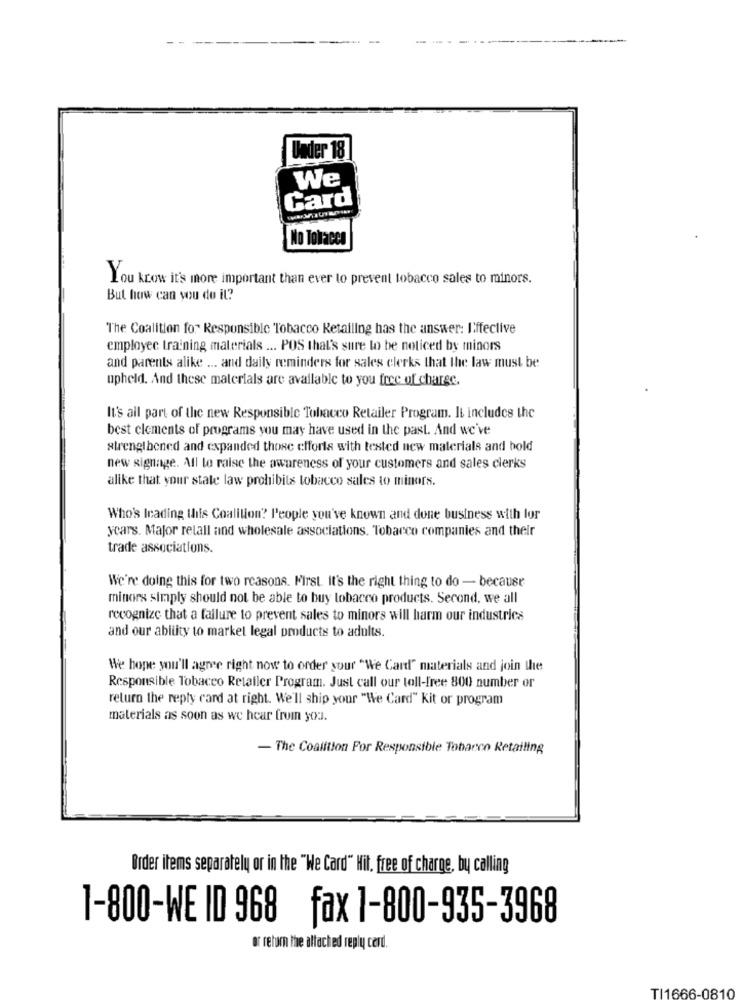
---
Under 18
We
Card
No Tokaccs
You know it's more important than ever to prevent tobacco sales to minors.
But how can you do il?
The Coalition for Responsible Tobacco Retailing has the answer: Effective
employee training materials ... POS that's sure to be noticed by minors
and parents alike ... and daily reminders for sales clerks that the law must be
upheld. And these materials are available to you free of charge.
It's all part of the new Responsible Tobacco Retailer Program. It includes the
best elements of programs you may have used in the past. And we've
strengthened and expanded those efforts with tested new materials and bold
new signage. All to raise the awareness of your customers and sales clerks
alike that your state law prohibits tobacco sales to minors.
Who's leading this Coalition? People you've known and done business with for
years. Major relall and wholesale associations. Tobacco companies and their
trade associations.
We're doing this for two reasons. First it's the right thing to do - because
minors simply should not be able to buy tobacco products. Second, we all
recognize that a failure to prevent sales to minors will harm our industrics
and our ability to market legal products to adults.
We hope you'll agree right now to order your "We Can" materials and join the
Responsible Tobacco Retailer Program. Just call our toll-free 800 number or
return the reply card at right. We'll ship your "We Card" Kit or program
materials as soon as we hear from you.
- The Coalition For Responsible Tobacco Retailing
Order items separately or in the "We Card" Hit, free of charge, by calling
1-800-WE ID 968 fax 1-800-935-3968
or return the attached reply cerd.
TI1666-0810